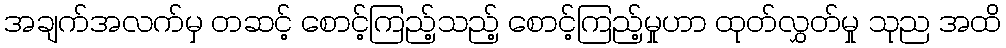
အချက်အလက်မှ တဆင့် စောင့်ကြည့်သည့် စောင့်ကြည့်မှုဟာ ထုတ်လွှတ်မှု သုည အထိ